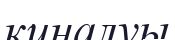
қиналуы